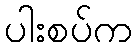
ပါးစပ်က